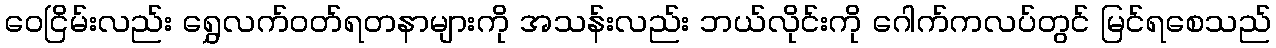
ဝေငြိမ်းလည်း ရွှေလက်ဝတ်ရတနာများကို အသန်းလည်း ဘယ်လိုင်းကို ဂေါက်ကလပ်တွင် မြင်ရစေသည်